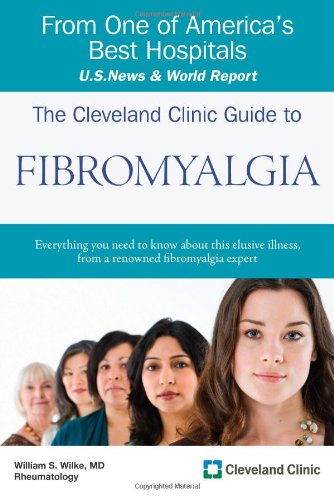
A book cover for The Cleveland Clinic Guide to Fibromyalgia (Cleveland Clinic Guides); William Wilke; Health, Fitness & Dieting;